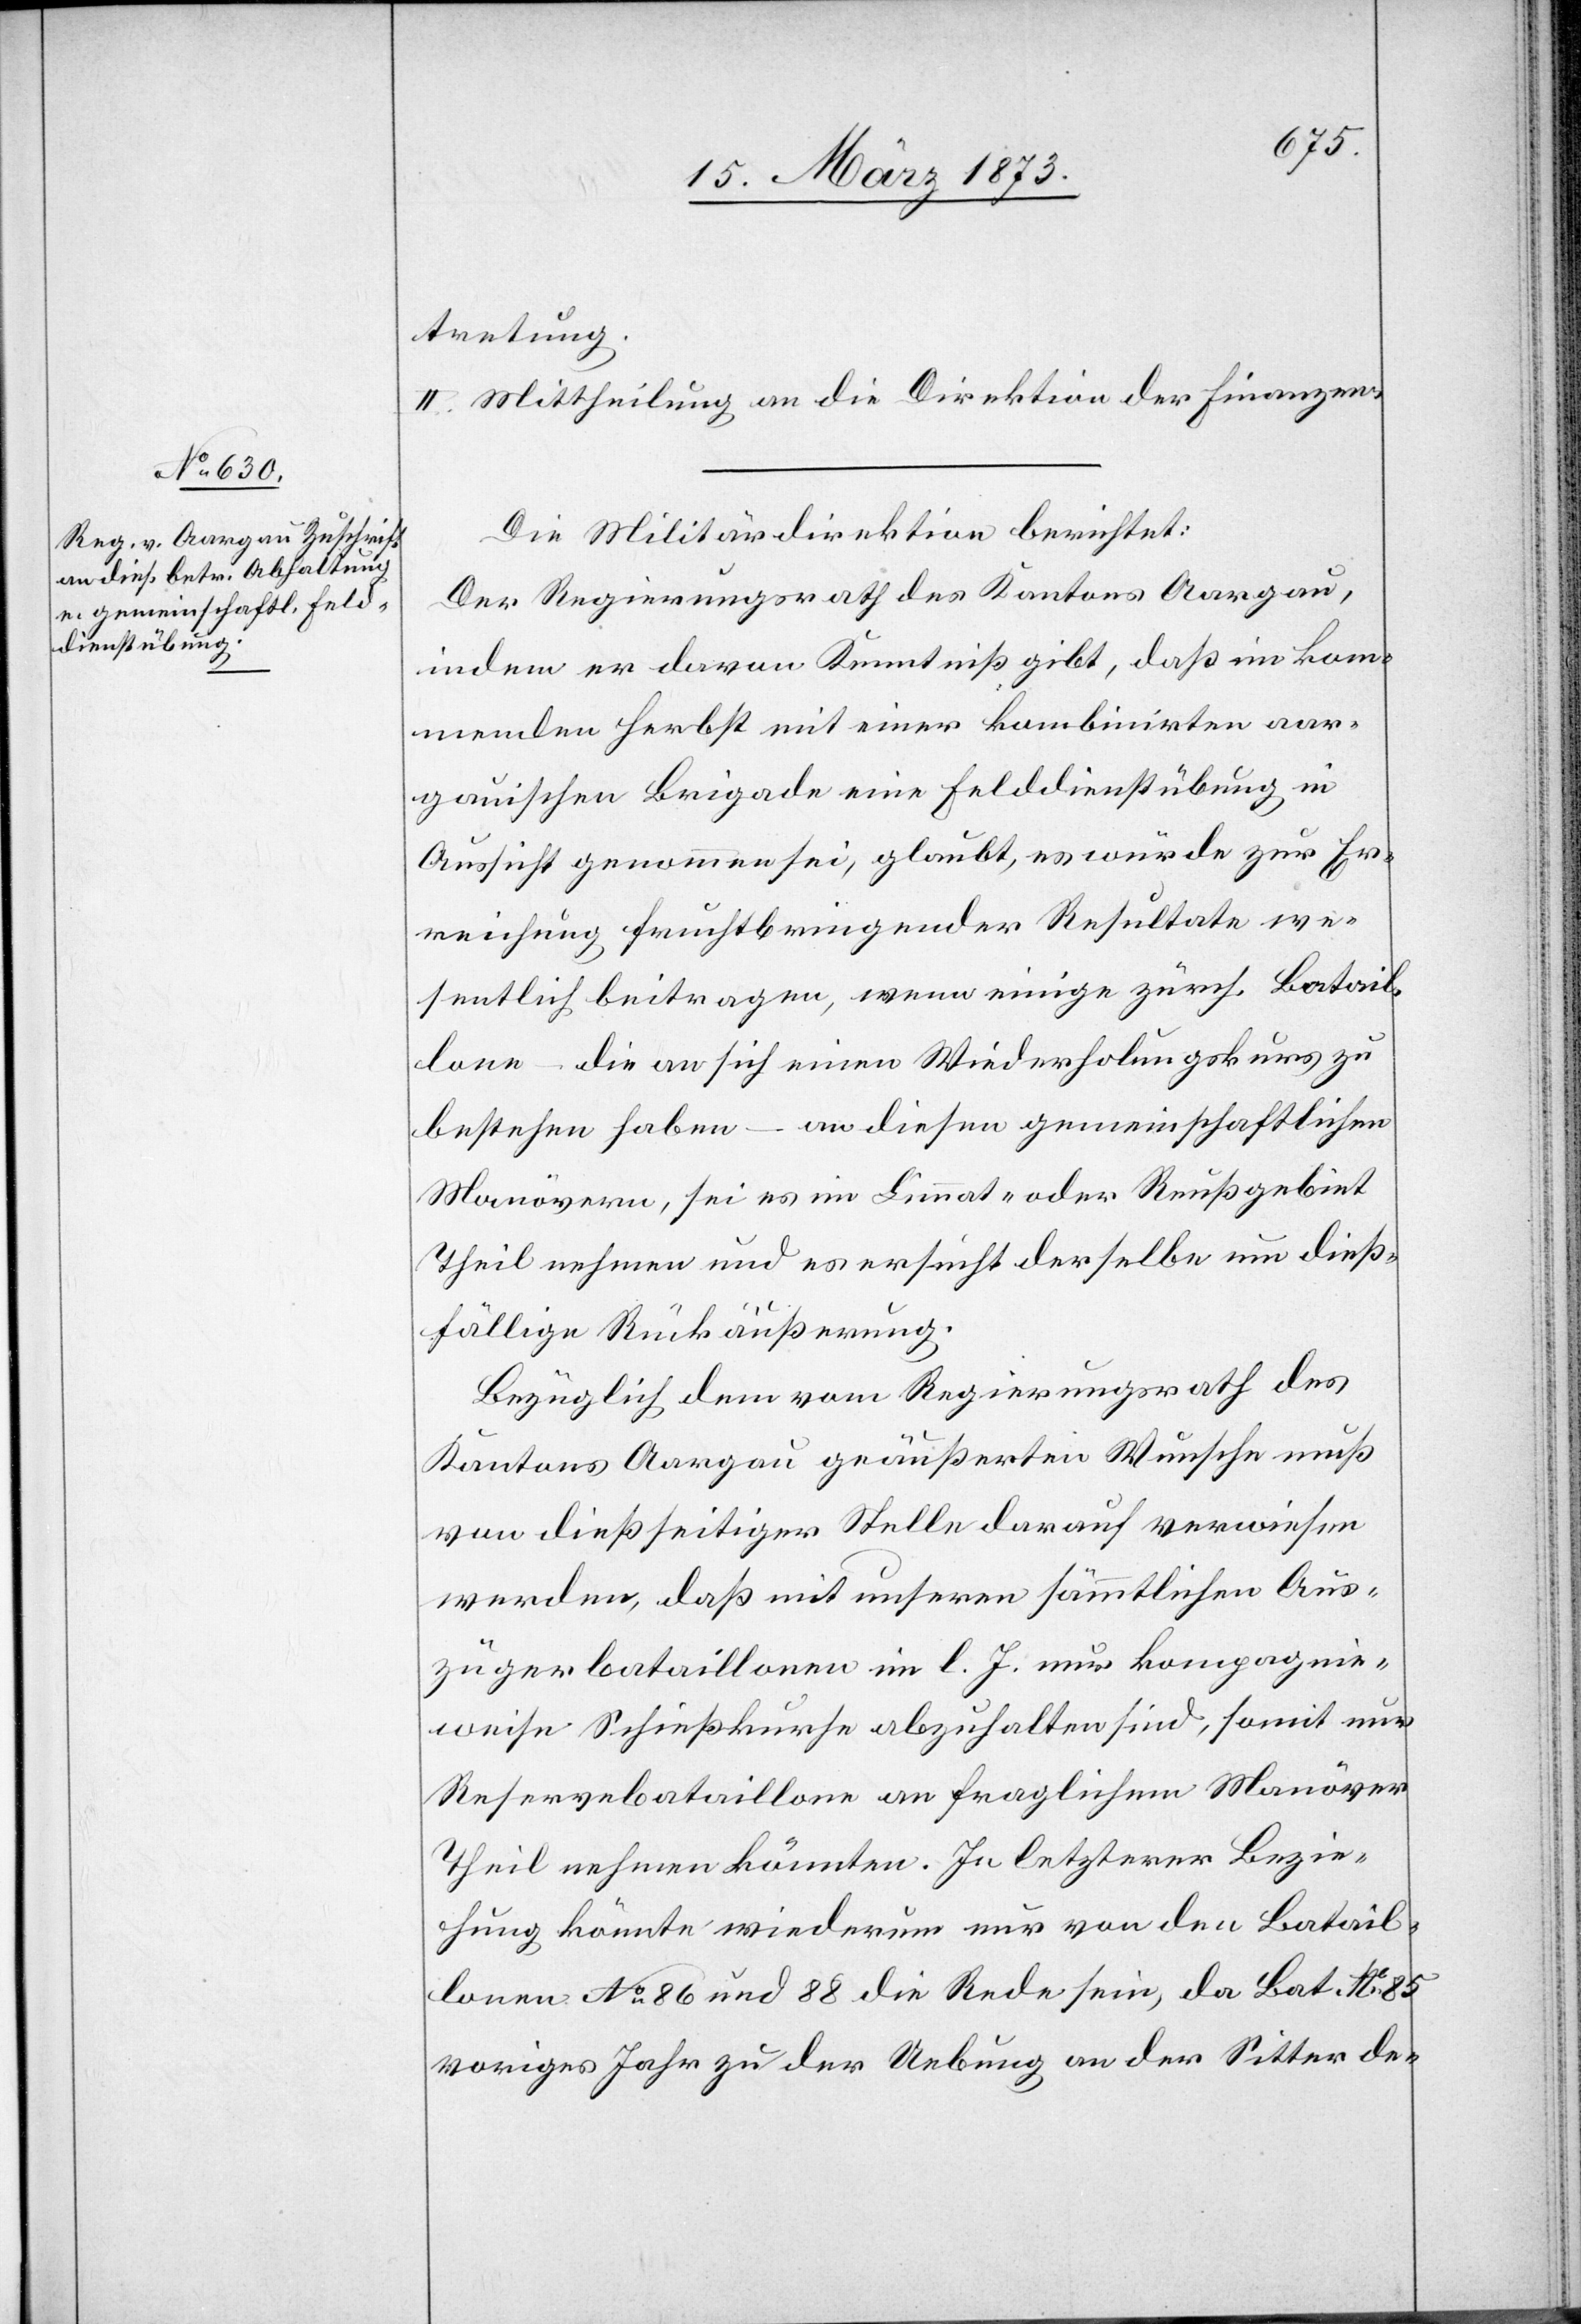
tretung.
II. Mittheilung an die Direktion der Finanzen.
Die Militärdirektion berichtet:
Der Regierungsrath des Kantons Aargau,
indem er davon Kenntniß gibt, daß im kom¬
menden Herbst mit einer kombinirten aar¬
gauischen Brigade eine Felddienstübung in
Aussicht genommen sei, glaubt, es würde zur Er¬
reichung fruchtbringender Resultate we¬
sentlich beitragen, wenn einige zürch. Batail¬
lone – die an sich einen Wiederholungskurs zu
bestehen haben – an diesen gemeinschaftlichen
Manövern, sei es im Limmat- oder Reußgebiet
Theil nehmen und es ersucht derselbe um dieß¬
fällige Rückäußerung.
Bezüglich dem vom Regierungsrath des
Kantons Aargau geäußerten Wunsche muß
von dießseitiger Stelle darauf verwiesen
werden, daß mit unseren sämmtlichen Aus¬
zügerbataillonen im l. J. nur kompagnie¬
weise Schießkurse abzuhalten sind, somit nur
Reservebataillone an fraglichem Manöver
Theil nehmen könnten. in letzterer Bezie¬
hung könnte wiederum nur von den Batail¬
lonen No. 86 und 88 die Rede sein, da Bat. No. 85
voriges Jahr zu der Uebung an der Sitter de-